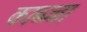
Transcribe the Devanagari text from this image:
काब्ज्जा